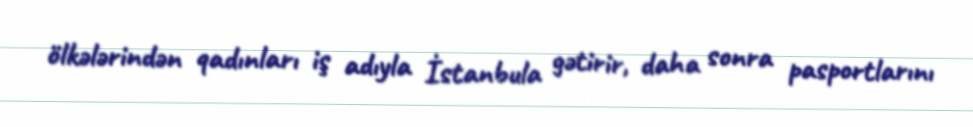
ölkələrindən qadınları iş adıyla İstanbula gətirir, daha sonra pasportlarını